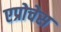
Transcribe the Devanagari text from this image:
एप्रोचेस